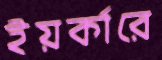
ইয়র্কারে